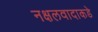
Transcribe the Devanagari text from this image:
नक्षलवादाकडे